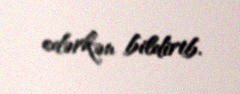
edərkən bildirib.